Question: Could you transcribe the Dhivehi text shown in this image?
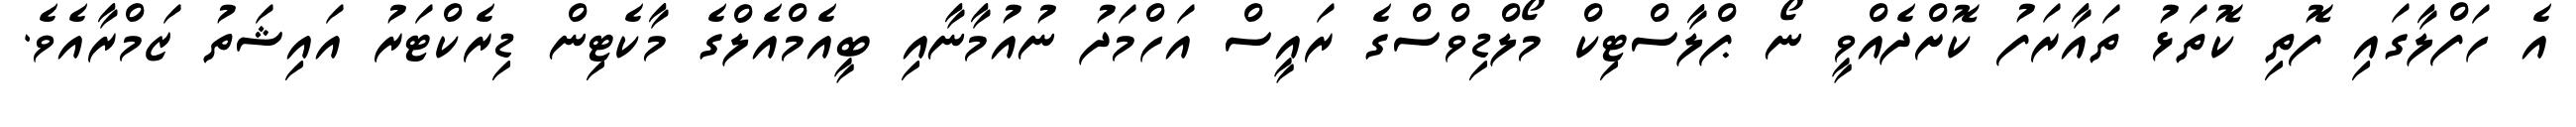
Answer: އެ ހަފްލާގައި ފޮތި ކޮތަޅު ތައާރަފު ކޮށްދެއްވީ ނޯ ޕްލާސްޓިކް މޯލްޑިވްސްގެ ރައީސް އަހްމަދު ނުއުމާނާއި ބީއެމްއެލްގެ މާކެޓިން ޑިރެކްޓަރު އައިޝަތު ޒަމްރާއެވެ.